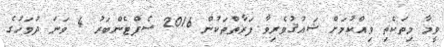
ވީމާ މިތަކެތި ވިއްކުމަށް ޝައުޤުވެރިވާ ފަރާތްތަކުން 2016 ސެޕްޓެންބަރު 4 ވަނަ ދުވަހުގެ